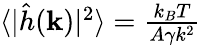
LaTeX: \begin{array}{r}{\langle|\hat{h}(\mathbf{k})|^{2}\rangle=\frac{k_{B}T}{A\gamma k^{2}}}\end{array}